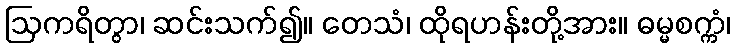
ဩကရိတွာ၊ ဆင်းသက်၍။ တေသံ၊ ထိုရဟန်းတို့အား။ ဓမ္မစက္ကံ၊